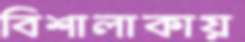
বিশালাকায়